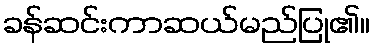
ခန်ဆင်းကာဆယ်မည်ပြု၏။